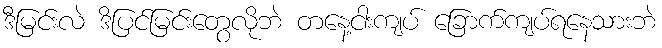
ဒီမြင်းလဲ ဒိပြင်မြင်းတွေလိုဘဲ တနေ့ငါးကျပ် ခြောက်ကျပ်ရနေသားဘဲ